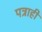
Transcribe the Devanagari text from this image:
पत्राही